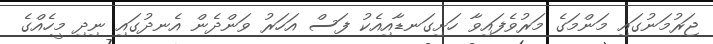
ޖަރުމަނުގައި މަންމަގެ މަރުވެފައިވާ ހަށިގަނޑާއިއެކު ފަސް އަހަރު ވަންދެން އެނދުގައި ނިދި މީހެއްގެ